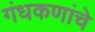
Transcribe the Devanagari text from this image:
गंधकणांचे